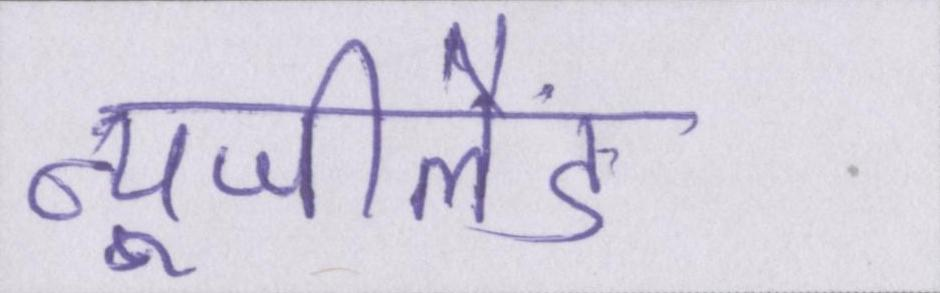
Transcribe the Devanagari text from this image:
न्यूजीलैंड